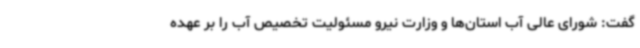
گفت: شورای عالی آب استان‌ها و وزارت نیرو مسئولیت تخصیص آب را بر عهده